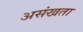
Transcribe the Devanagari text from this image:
असंखता